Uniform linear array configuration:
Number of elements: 64
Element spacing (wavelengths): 0.75
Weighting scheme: exponential
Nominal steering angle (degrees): -60
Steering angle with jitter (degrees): -59.544
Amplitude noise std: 0.05
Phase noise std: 0.05

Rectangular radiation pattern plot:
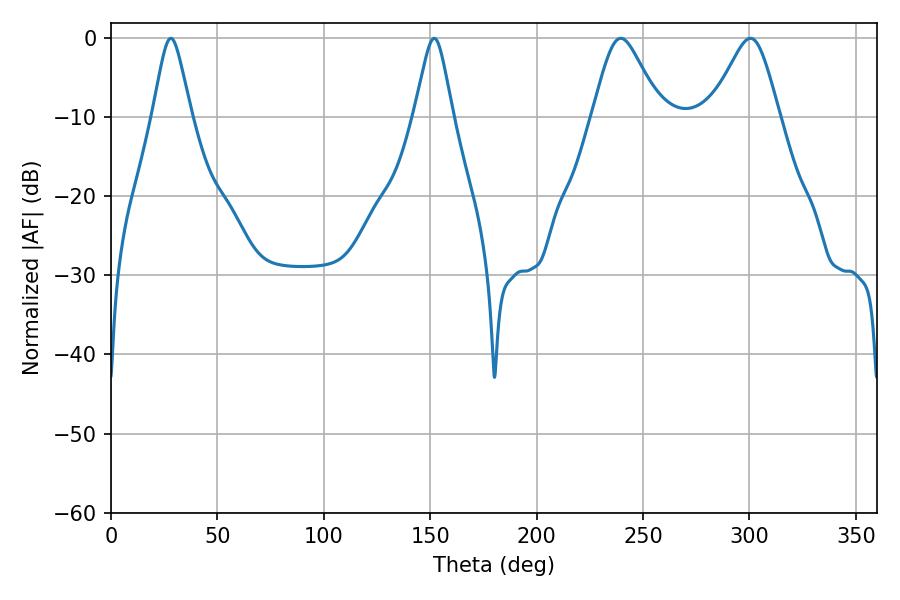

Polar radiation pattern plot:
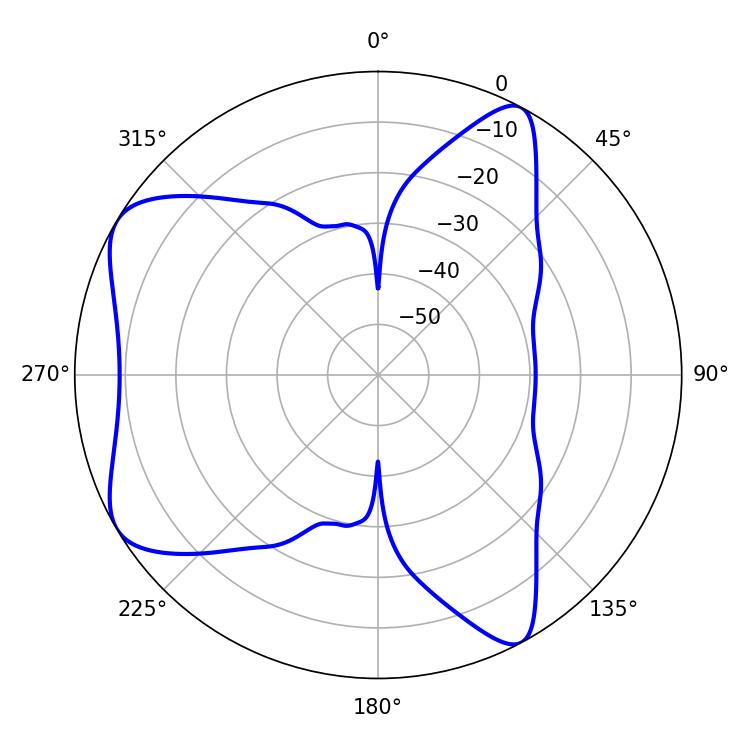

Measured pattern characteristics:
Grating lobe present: TRUE
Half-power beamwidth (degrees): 15.48
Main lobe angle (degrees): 239.58